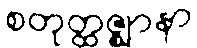
စတုတ္ထဇ္ဈာနာ